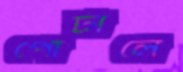
পোর্টালে